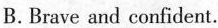
B.Brave and confident.